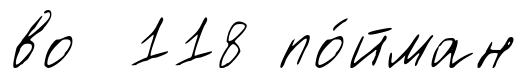
во 118 по́йман